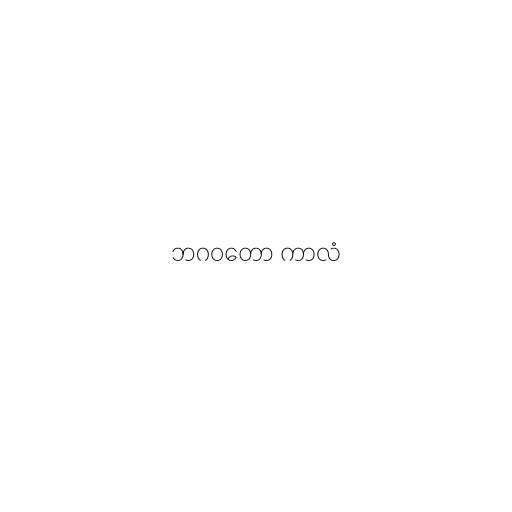
ဘဂဝတော ကာလံ